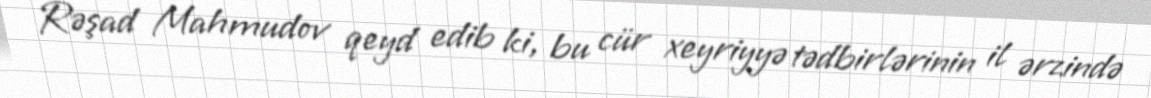
Rəşad Mahmudov qeyd edib ki, bu cür xeyriyyə tədbirlərinin il ərzində